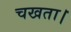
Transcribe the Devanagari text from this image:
चखता।